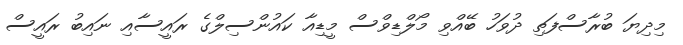
މިދިޔަ ބުރާސްފަތި ދުވަހު ބޭއްވި މޯލްޑިވްސް މީޑިއާ ކައުންސިލްގެ ރައީސާއި ނައިބު ރައީސް